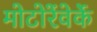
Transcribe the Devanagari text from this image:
मोटोरेंवेर्के